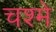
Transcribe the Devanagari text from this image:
चश्‍मे